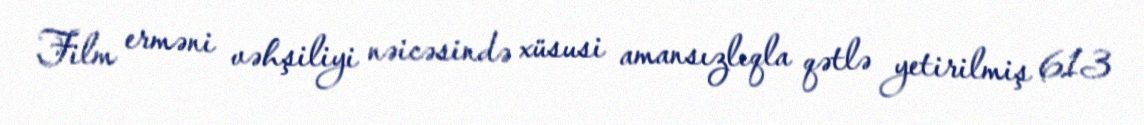
Film erməni vəhşiliyi nəicəsində xüsusi amansızlıqla qətlə yetirilmiş 613